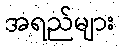
အရည်များ